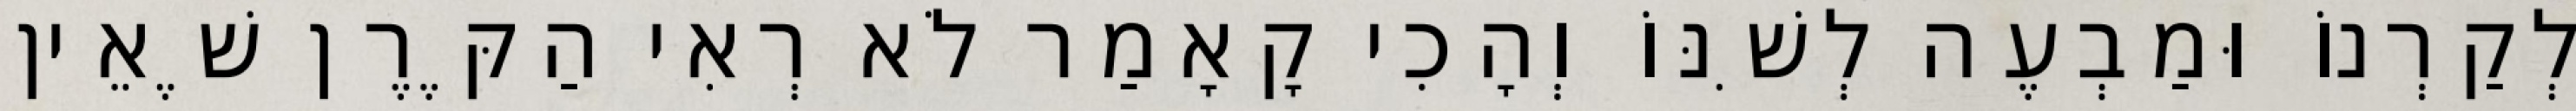
לְקַרְנוֹ וּמַבְעֶה לְשִׁנּוֹ וְהָכִי קָאָמַר לֹא רְאִי הַקֶּרֶן שֶׁאֵין